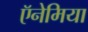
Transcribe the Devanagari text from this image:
ऍनेमिया